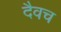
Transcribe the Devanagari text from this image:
दैवच